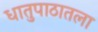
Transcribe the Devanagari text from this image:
धातुपाठातला